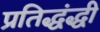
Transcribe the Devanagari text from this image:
प्रतिद्धंद्धी